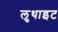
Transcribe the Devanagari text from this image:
लुथाइट